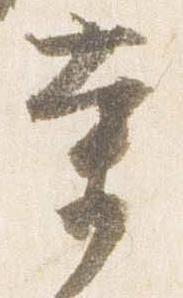
業